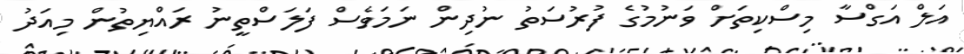
އަލް އަގްސާ މިސްކިތަށް ވަނުމުގެ ފުރުސަތު ނުދިން ނަމަވެސް ފަލަސްތީނު ރައްޔިތުން މިއަދު